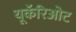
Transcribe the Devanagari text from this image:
यूकॅरिओट